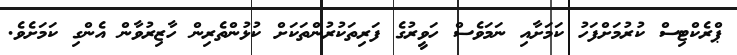
ޕްރެކްޓިސް ކުރުމަށްފަހު ކަމަށާއި ނަމަވެސް ހަވީރުގެ ފަރިތަކުރުންތަކަށް ކުޅުންތެރިން ހާޒިރުވާން އެންގި ކަމަށެވެ.